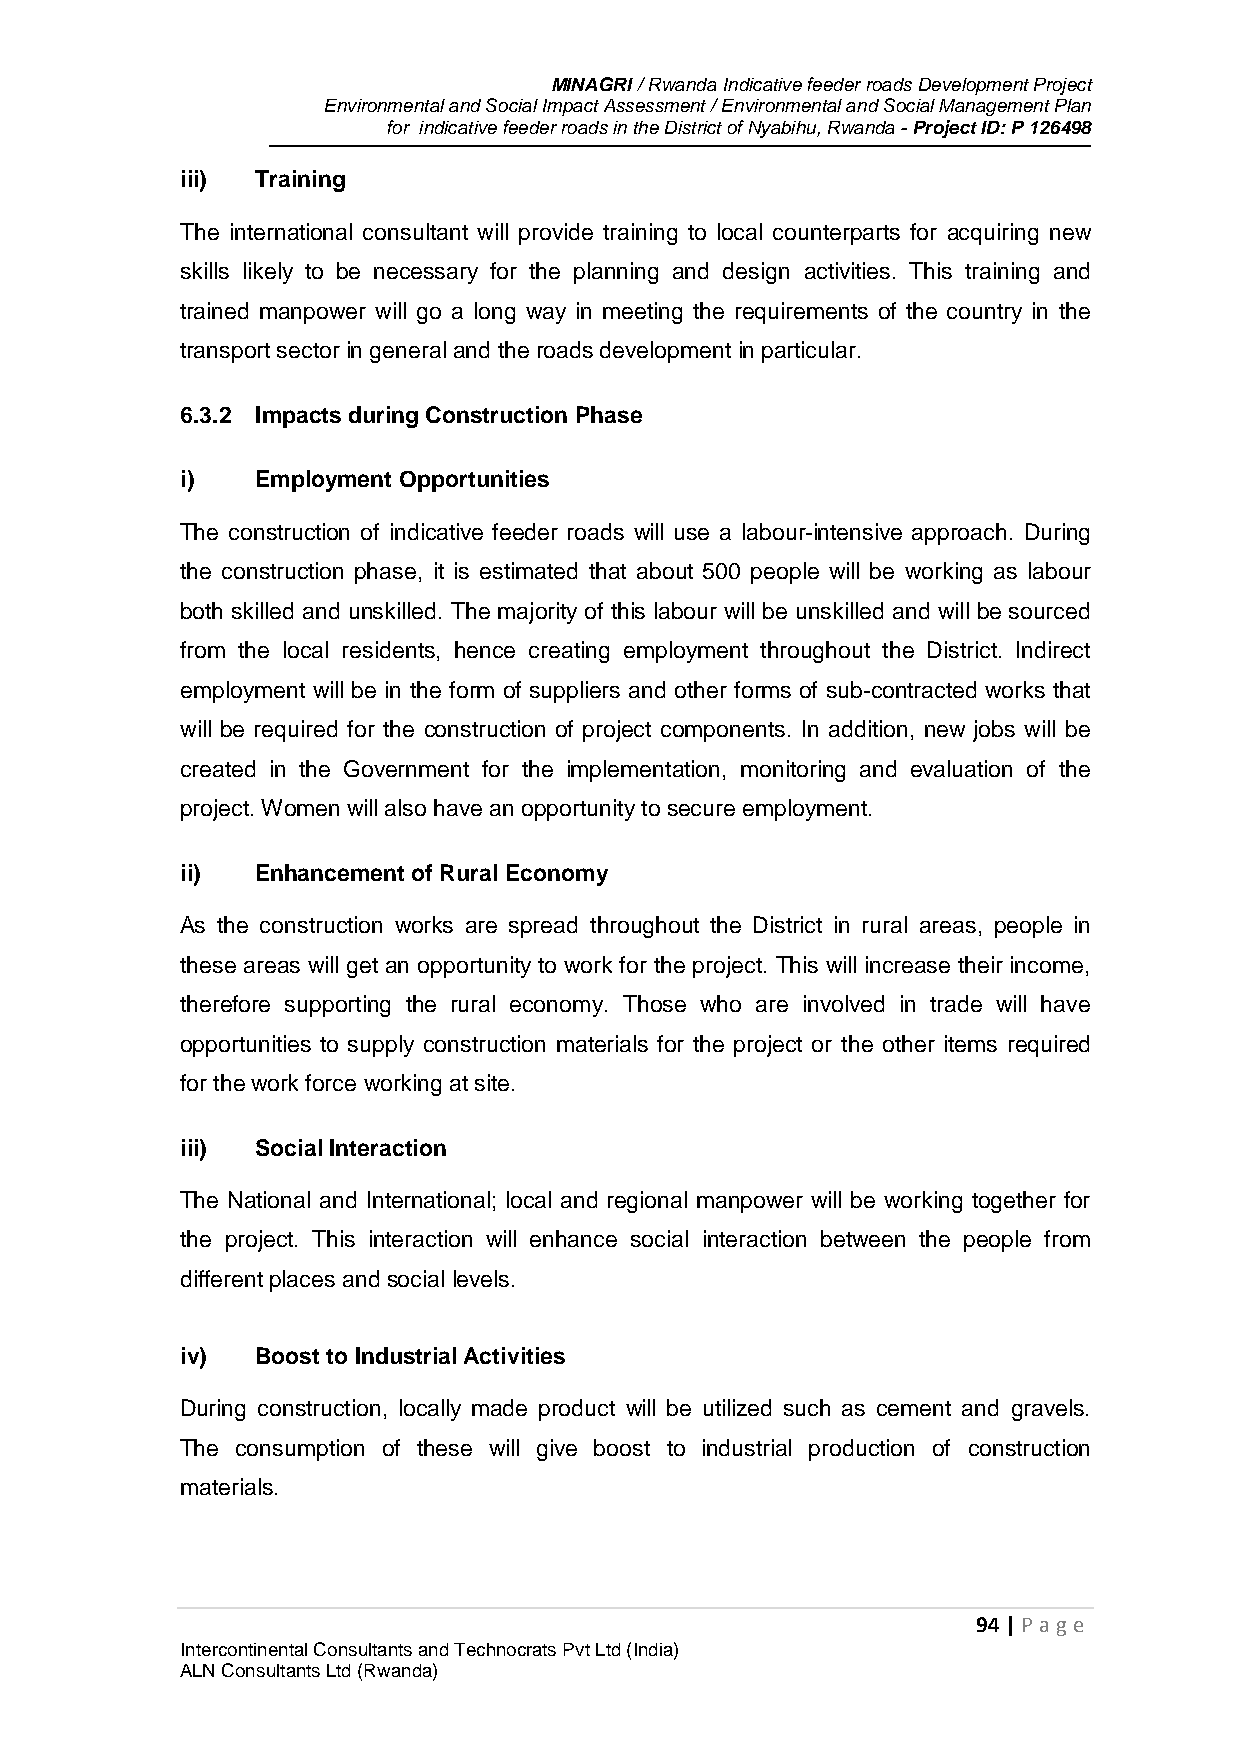
MINAGRI / Rwanda Indicative feeder roads Development Project
 Environmental and Social Impact Assessment / Environmental and Social Management Plan
 for indicative feeder roads in the District of Nyabihu, Rwanda - Project ID: P 126498
 iii) Training
 The international consultant will provide training to local counterparts for acquiring new
 skills likely to be necessary for the planning and design activities. This training and
 trained manpower will go a long way in meeting the requirements of the country in the
 transport sector in general and the roads development in particular.
 6.3.2 Impacts during Construction Phase
 i)   Employment Opportunities
 The construction of indicative feeder roads will use a labour-intensive approach. During
 the construction phase, it is estimated that about 500 people will be working as labour
 both skilled and unskilled. The majority of this labour will be unskilled and will be sourced
 from the local residents, hence creating employment throughout the District. Indirect
 employment will be in the form of suppliers and other forms of sub-contracted works that
 will be required for the construction of project components. In addition, new jobs will be
 created in the Government for the implementation, monitoring and evaluation of the
 project. Women will also have an opportunity to secure employment.
 ii)  Enhancement of Rural Economy
 As the construction works are spread throughout the District in rural areas, people in
 these areas will get an opportunity to work for the project. This will increase their income,
 therefore supporting the rural economy. Those who are involved in trade will have
 opportunities to supply construction materials for the project or the other items required
 for the work force working at site.
 iii) Social Interaction
 The National and International; local and regional manpower will be working together for
 the project. This interaction will enhance social interaction between the people from
 different places and social levels.
 iv)  Boost to Industrial Activities
 During construction, locally made product will be utilized such as cement and gravels.
 The consumption of these will give boost to industrial production of construction
 materials.
 94 | P age
 Intercontinental Consultants and Technocrats Pvt Ltd (India)
 ALN Consultants Ltd (Rwanda)